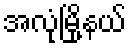
အလုံမြို့နယ်